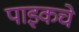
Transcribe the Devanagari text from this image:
पाइकचे